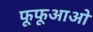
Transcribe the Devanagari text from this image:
फूफूआओ